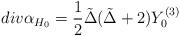
LaTeX: \begin{align*} div \alpha_{H_0} = \frac{1}{2} \tilde \Delta ( \tilde \Delta + 2 ) Y_0^{(3)}\end{align*}